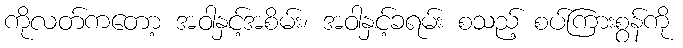
ကိုလတ်ကတော့ အဝါနှင့်အစိမ်း၊ အဝါနှင့်ခရမ်း စသည့် စပ်ကြားစွန်ကို